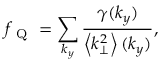
f _ { \mathrm { ~ Q ~ } } = \sum _ { k _ { y } } \frac { \gamma ( k _ { y } ) } { \left< k _ { \perp } ^ { 2 } \right> ( k _ { y } ) } ,